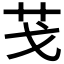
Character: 𦬗